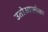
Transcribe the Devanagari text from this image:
उतोआज़्तेका